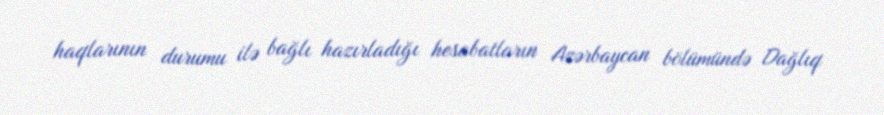
haqlarının durumu ilə bağlı hazırladığı hesabatların Azərbaycan bölümündə Dağlıq